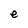
Character: e